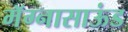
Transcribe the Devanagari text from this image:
मॅग्नासाऊंड